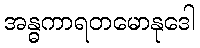
အန္ဓကာရတမောနုဒေါ